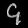
Digit: ၄